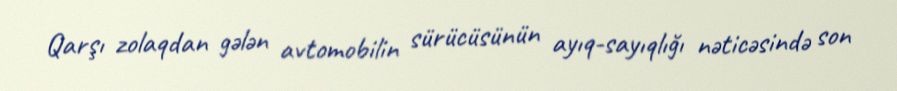
Qarşı zolaqdan gələn avtomobilin sürücüsünün ayıq-sayıqlığı nəticəsində son